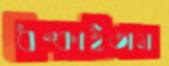
ধম্‌কাইতাম